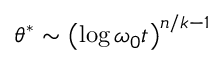
\theta ^ { * } \sim \left( \log \omega _ { 0 } t \right) ^ { n / k - 1 }